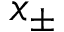
x _ { \pm }